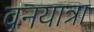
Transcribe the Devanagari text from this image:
वनयात्रा